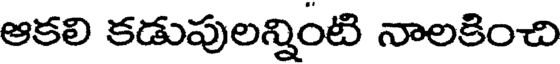
ఆకలి కడుపులన్నింటి నాలకించి